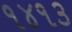
૧૪૧૩